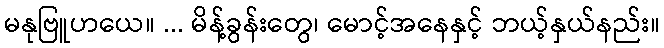
မနုဗြူဟယေ။ ... မိန့်ခွန်းတွေ၊ မောင့်အနေနှင့် ဘယ့်နှယ်နည်း။